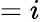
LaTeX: =i